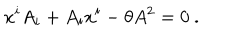
x ^ { i } A _ { i } + A _ { i } x ^ { i } - \theta A ^ { 2 } = 0 ~ .